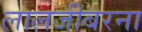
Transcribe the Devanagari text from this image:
लालजीबरना